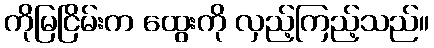
ကိုမြငြိမ်းက ထွေးကို လှည့်ကြည့်သည်။